Report of the Indian Hemp Drugs Commission, 1894-1895 - Volume IV
Year: 1894
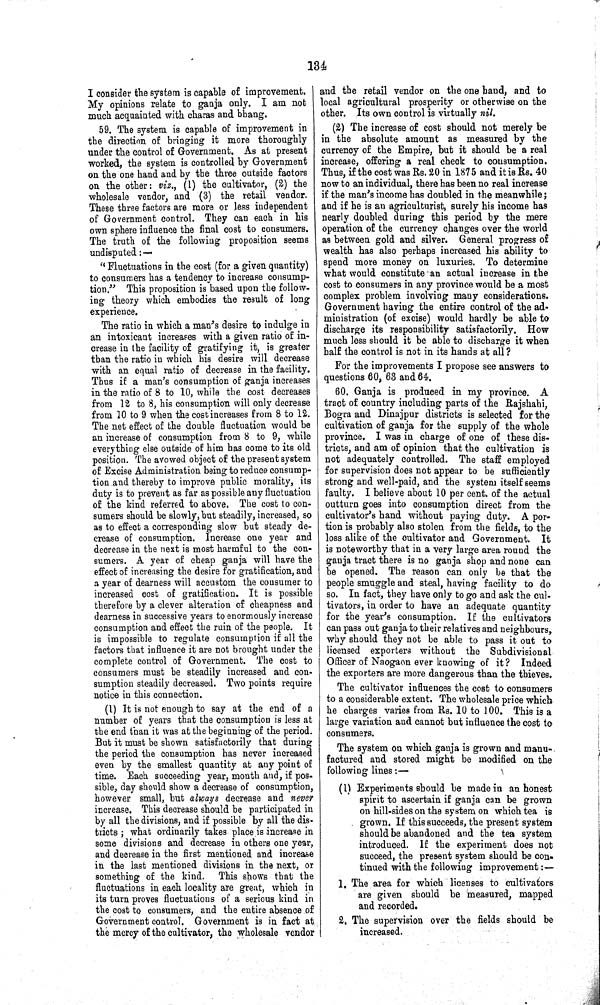
134
I consider the system is capable of improvement.
My opinions relate to ganja only. I am not
much acquainted with charas and bhang.
59. The system is capable of improvement in
the direction of bringing it more thoroughly
under the control of Government. As at present
worked, the system is controlled by Government
on the one hand and by the three outside factors
on the other: viz., (1) the cultivator, (2) the
wholesale vendor, and (3) the retail vendor.
These three factors are more or less independent
of Government control. They can each in his
own sphere influence the final cost to consumers.
The truth of the following proposition seems
undisputed:—
"Fluctuations in the cost (for a given quantity)
to consumers has a tendency to increase consump¬
tion." This proposition is based upon the follow-
ing theory which embodies the result of long
experience.
The ratio in which a man's desire to indulge in
an intoxicant increases with a given ratio of in¬
crease in the facility of gratifying it, is greater
than the ratio in which his desire will decrease
with an equal ratio of decrease in the facility.
Thus if a man's consumption of ganja increases
in the ratio of 8 to 10, while the cost decreases
from 12 to 8, his consumption will only decrease
from 10 to 9 when the cost increases from 8 to 12.
The net effect of the double fluctuation would be
an increase of consumption from 8 to 9, while
everything else outside of him has come to its old
position. The avowed object of the present system
of Excise Administration being to reduce consump¬
tion and thereby to improve public morality, its
duty is to prevent as far as possible any fluctuation
of the kind referred to above. The cost to con¬
sumers should be slowly, but steadily, increased, so
as to effect a corresponding slow but steady de¬
crease of consumption. Increase one year and
decrease in the next is most harmful to the con¬
sumers. A year of cheap ganja will have the
effect of increasing the desire for gratification, and
a year of dearness will accustom the consumer to
increased cost of gratification. It is possible
therefore by a clever alteration of cheapness and
dearness in successive years to enormously increase
consumption and effect the ruin of the people. It
is impossible to regulate consumption if all the
factors that influence it are not brought under the
complete control of Government. The cost to
consumers must be steadily increased and con¬
sumption steadily decreased. Two points require
notice in this connection.
(1) It is not enough to say at the end of a
number of years that the consumption is less at
the end than it was at the beginning of the period.
But it must be shown satisfactorily that during
the period the consumption has never increased
even by the smallest quantity at any point of
time. Each succeeding year, month and, if pos¬
sible, day should show a decrease of consumption,
however small, but always decrease and never
increase. This decrease should be participated in
by all the divisions, and if possible by all the dis¬
tricts; what ordinarily takes place is increase in
some divisions and decrease in others one year,
and decrease in the first mentioned and increase
in the last mentioned divisions in the next, or
something of the kind. This shows that the
fluctuations in each locality are great, which in
its turn proves fluctuations of a serious kind in
the cost to consumers, and the entire absence of
Government control. Government is in fact at
the mercy of the cultivator, the wholesale vendor
and the retail vendor on the one hand, and to
local agricultural prosperity or otherwise on the
other, Its own control is virtually nil.
(2) The increase of cost should not merely be
in the absolute amount as measured by the
currency of the Empire, but it should be a real
increase, offering a real check to consumption.
Thus, if the cost was Rs. 20 in 1875 and it is Rs. 40
now to an individual, there has been no real increase
if the man's income has doubled in the meanwhile;
and if he is an agriculturist, surely his income has
nearly doubled during this period by the mere
operation of the currency changes over the world
as between gold and silver. General progress of
wealth has also perhaps increased his ability to
spend more money on luxuries. To determine
what would constitute an actual increase in the
cost to consumers in any province would be a most
complex problem involving many considerations.
Government having the entire control of the ad¬
ministration (of excise) would hardly be able to
discharge its responsibility satisfactorily. How
much less should it be able to discharge it when
half the control is not in its hands at all ?
For the improvements I propose see answers to
questions 60, 63 and 64.
60. Ganja is produced in my province. A
tract of country including parts of the Rajshahi,
Bogra and Dinajpur districts is selected for the
cultivation of ganja for the supply of the whole
province. I was in charge of one of these dis¬
tricts, and am of opinion that the cultivation is
not adequately controlled. The staff employed
for supervision does not appear to be sufficiently
strong and well-paid, and the system itself seems
faulty. I believe about 10 per cent. of the actual
outturn goes into consumption direct from the
cultivator's hand without paying duty. A por¬
tion is probably also stolen from the fields, to the
loss alike of the cultivator and Government. It
is noteworthy that in a very large area round the
ganja tract there is no ganja shop and none can
be opened. The reason can only be that the
people smuggle and steal, having facility to do
so. In fact, they have only to go and ask the cul¬
tivators, in order to have an adequate quantity
for the year's consumption. If the cultivators
can pass out ganja to their relatives and neighbours,
why should they not be able to pass it out to
licensed exporters without the Subdivisional
Officer of Naogaon ever knowing of it ? Indeed
the exporters are more dangerous than the thieves.
The cultivator influences the cost to consumers
to a considerable extent. The wholesale price which
he charges varies from Rs. 10 to 100. This is a
large variation and cannot but influence the cost to
consumers.
The system on which ganja is grown and manu-
factured and stored might be modified on the
following lines:—
(1) Experiments should be made in an honest
spirit to ascertain if ganja can be grown
on hill-sides on the system on which tea is
grown. If this succeeds, the present system
should be abandoned and the tea system
introduced. If the experiment does not
succeed, the present system should be con-
tinued with the following improvement:—
1. The area for which licenses to cultivators
are given should be measured, mapped
and recorded.
2. The supervision over the fields should be
increased.